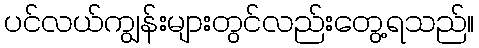
ပင်လယ်ကျွန်းများတွင်လည်းတွေ့ရသည်။